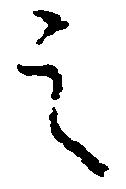
之